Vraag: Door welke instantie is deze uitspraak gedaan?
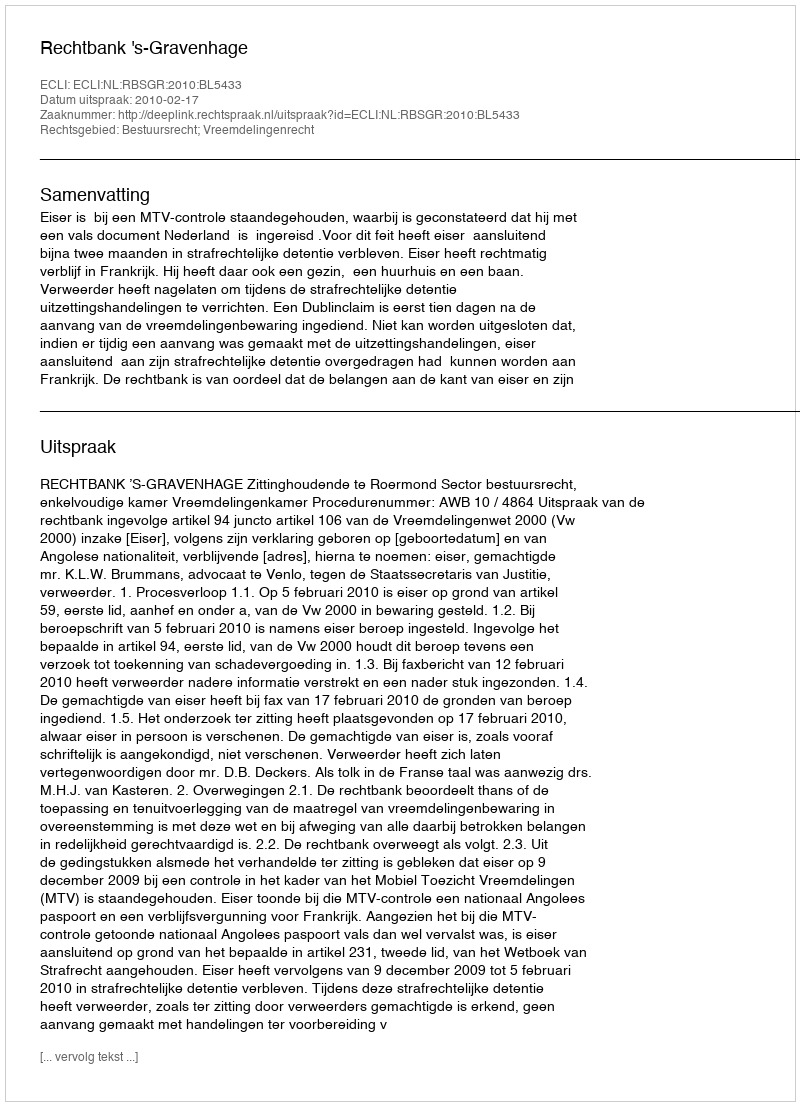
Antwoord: Rechtbank 's-Gravenhage